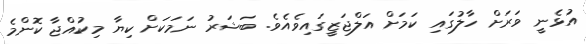
އުޅެނީ ވަރަށް ހާލުގައި ކަމަށް އަލްޖަޒީގައިވެއެވެ. ބަޝަރު ނަމަކަށް ކިޔާ މިކުއްޖާ ކޮންމެ